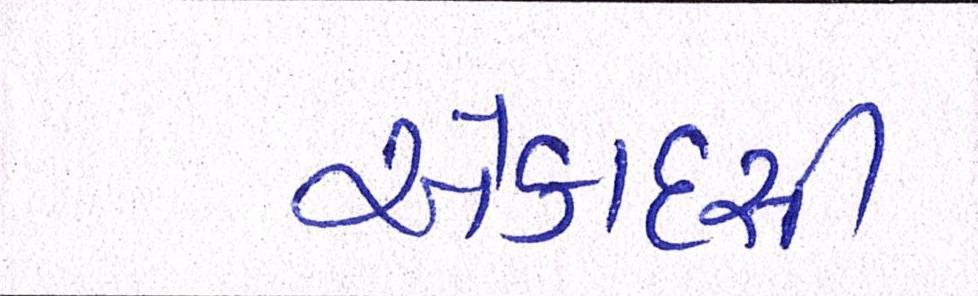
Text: એકાદસી